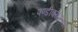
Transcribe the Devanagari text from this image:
पण्डीवरीपल्ली